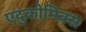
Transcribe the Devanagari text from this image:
एदुकोमिक्स